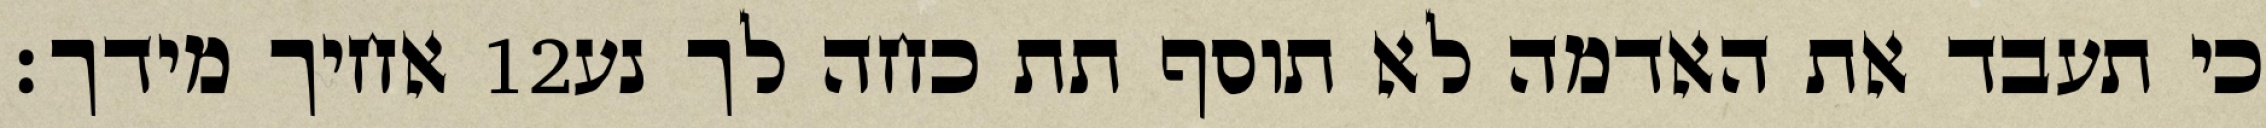
אחיך מידך׃ ‎12‏ כי תעבד את האדמה לא תוסף תת כחה לך נע